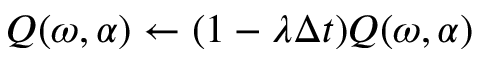
Q ( \omega , \alpha ) \gets ( 1 - \lambda \Delta t ) Q ( \omega , \alpha )